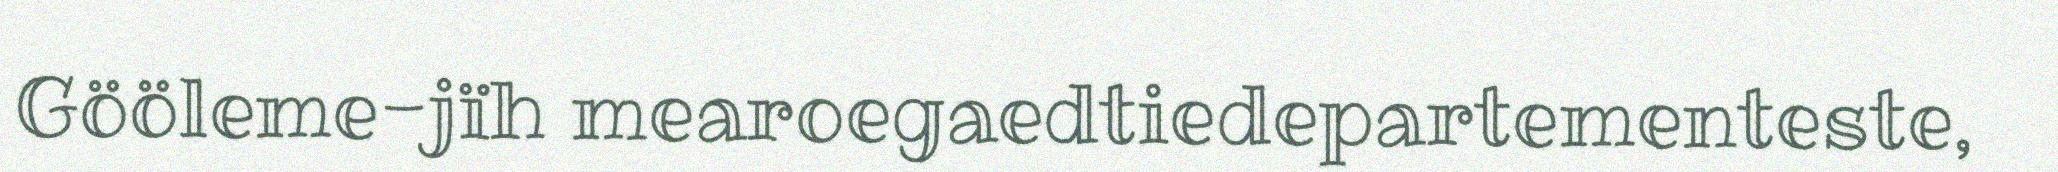
Gööleme-jïh mearoegaedtiedepartementeste,